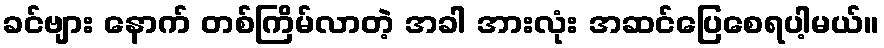
ခင်ဗျား နောက် တစ်ကြိမ်လာတဲ့ အခါ အားလုံး အဆင်ပြေစေရပါ့မယ်။